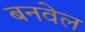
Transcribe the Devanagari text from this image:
बनवेल